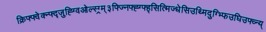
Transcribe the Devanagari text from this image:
क्रिफ्फ्वेक्न्फ्द्जुह्ग्विओल्स्ग्र्म्३फ्ज्निफ्ह्ग्फ्ह्सित्मिज्धेसिउथ्मिदुग्भ्फिउघिउफ्व्न्य्